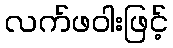
လက်ဖဝါးဖြင့်